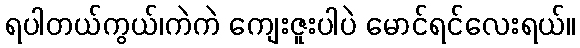
ရပါတယ်ကွယ်၊ကဲကဲ ကျေးဇူးပါပဲ မောင်ရင်လေးရယ်။